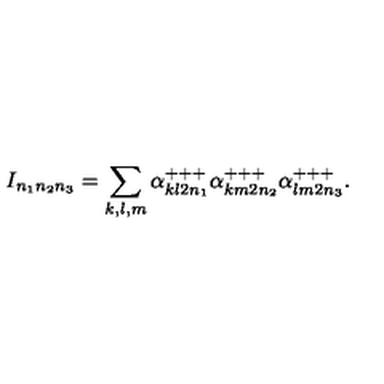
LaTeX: I _ { n _ { 1 } n _ { 2 } n _ { 3 } } = \sum _ { k , l , m } \alpha _ { k l 2 n _ { 1 } } ^ { + + + } \alpha _ { k m 2 n _ { 2 } } ^ { + + + } \alpha _ { l m 2 n _ { 3 } } ^ { + + + } .